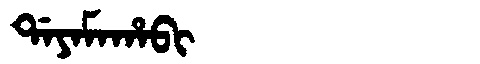
Manchu: ᡩᠠᠶᠠᠮᠠᡥᠠᠪᡳ
Romanization: DAYAMAHABI